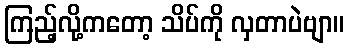
ကြည့်လို့ကတော့ သိပ်ကို လှတာပဲဗျာ။